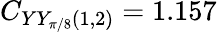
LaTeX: C_{YY_{\pi/8}(1,2)}=1.157